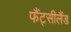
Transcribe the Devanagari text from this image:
फैंट्सीलैंड